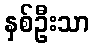
နှစ်ဦးသာ